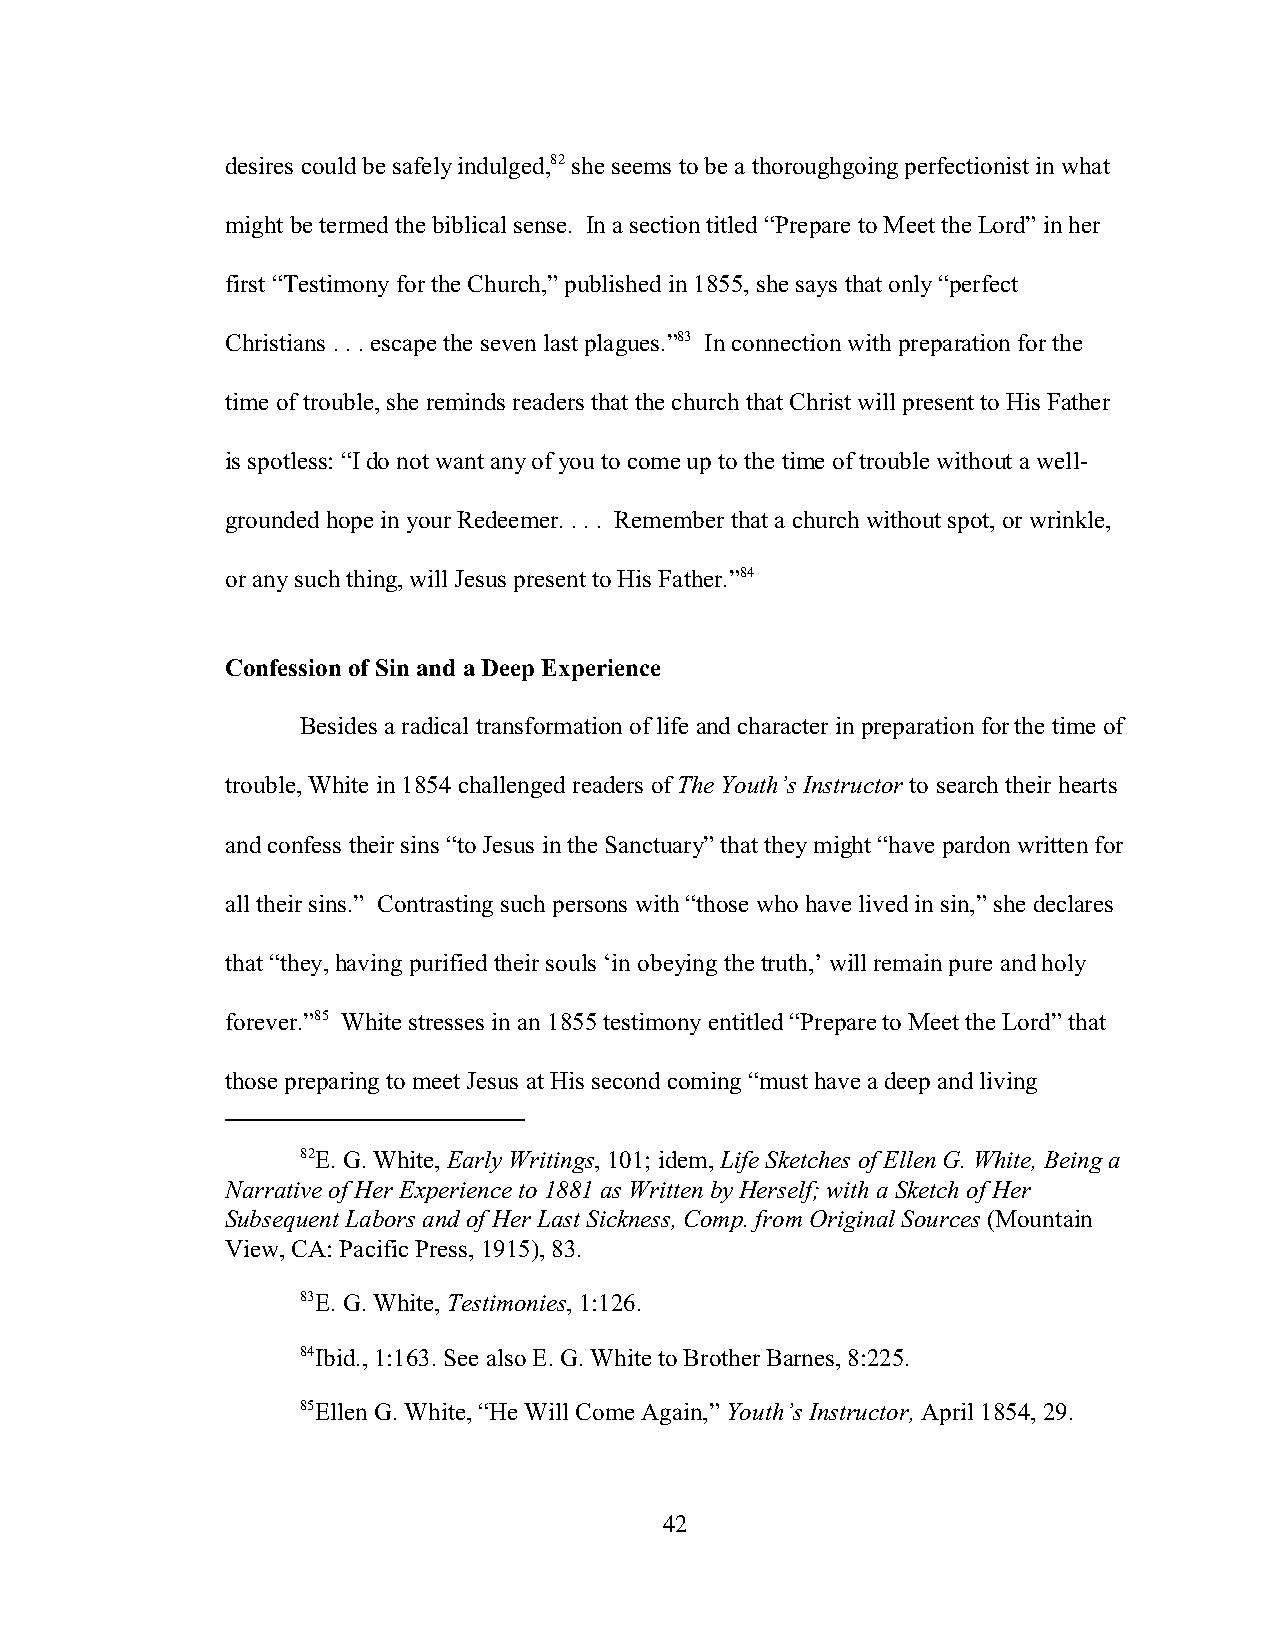
desires could be safely indulged,82 she seems to be a thoroughgoing perfectionist in what
 might be termed the biblical sense. In a section titled “Prepare to Meet the Lord” in her
 first “Testimony for the Church,” published in 1855, she says that only “perfect
 Christians . . . escape the seven last plagues.”83 In connection with preparation for the
 time of trouble, she reminds readers that the church that Christ will present to His Father
 is spotless: “I do not want any of you to come up to the time of trouble without a well-
 grounded hope in your Redeemer. . . . Remember that a church without spot, or wrinkle,
 or any such thing, will Jesus present to His Father.”84
 Confession of Sin and a Deep Experience
 Besides a radical transformation of life and character in preparation for the time of
 trouble, White in 1854 challenged readers of The Youth’s Instructor to search their hearts
 and confess their sins “to Jesus in the Sanctuary” that they might “have pardon written for
 all their sins.” Contrasting such persons with “those who have lived in sin,” she declares
 that “they, having purified their souls ‘in obeying the truth,’ will remain pure and holy
 forever.”85 White stresses in an 1855 testimony entitled “Prepare to Meet the Lord” that
 those preparing to meet Jesus at His second coming “must have a deep and living
 82E. G. White, Early Writings, 101; idem, Life Sketches of Ellen G. White, Being a
 Narrative of Her Experience to 1881 as Written by Herself; with a Sketch of Her
 Subsequent Labors and of Her Last Sickness, Comp. from Original Sources (Mountain
 View, CA: Pacific Press, 1915), 83.
 83E. G. White, Testimonies, 1:126.
 84Ibid., 1:163. See also E. G. White to Brother Barnes, 8:225.
 85Ellen G. White, “He Will Come Again,” Youth’s Instructor, April 1854, 29.
 42